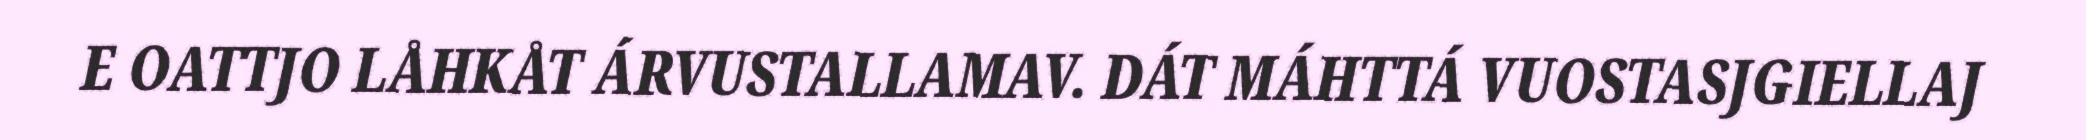
E OATTJO LÅHKÅT ÁRVUSTALLAMAV. DÁT MÁHTTÁ VUOSTASJGIELLAJ